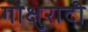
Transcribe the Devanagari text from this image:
गोक्षुरादी